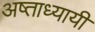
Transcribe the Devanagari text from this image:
अष्ताध्यायी